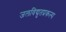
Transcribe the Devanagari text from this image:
जलविद्युतप्रकल्प